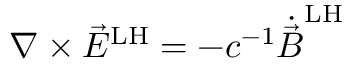
\nabla \times { \vec { E } } ^ { \mathrm { L H } } = - c ^ { - 1 } { \dot { \vec { B } } } ^ { \mathrm { L H } }